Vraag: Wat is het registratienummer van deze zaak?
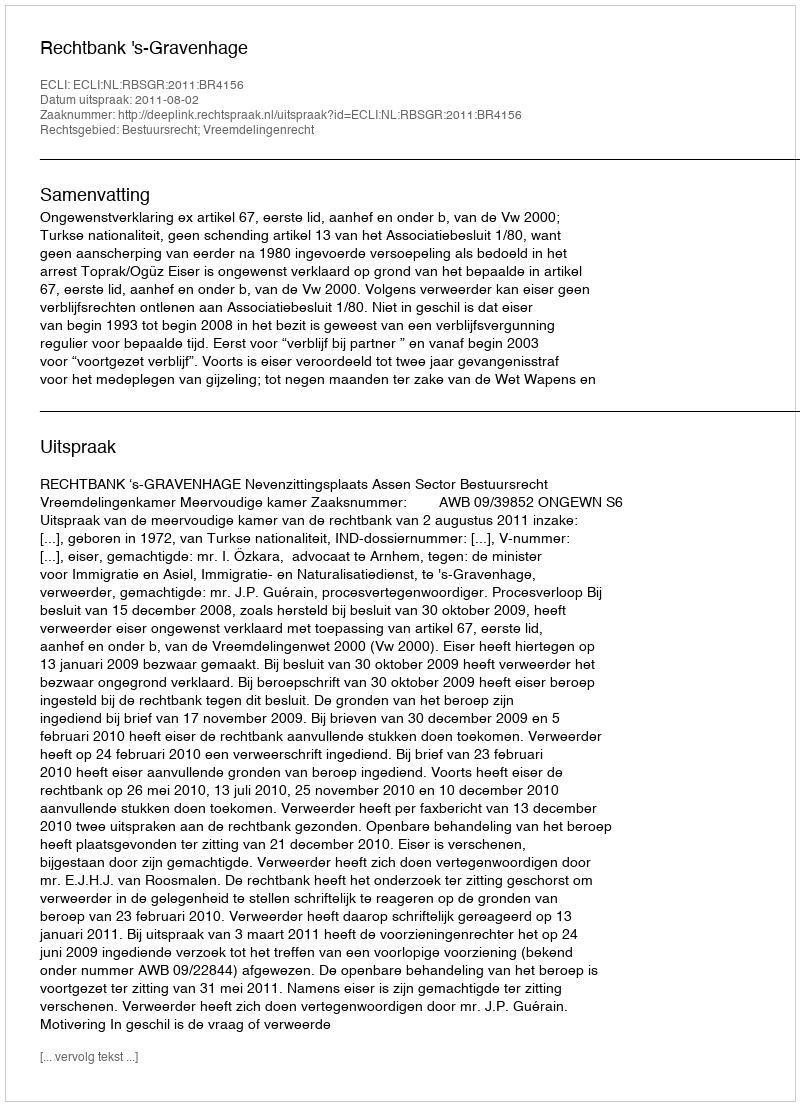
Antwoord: http://deeplink.rechtspraak.nl/uitspraak?id=ECLI:NL:RBSGR:2011:BR4156